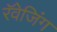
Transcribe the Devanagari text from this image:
रॅवेजिंग